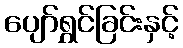
ပျော်ရွှင်ခြင်းနှင့်